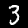
Digit: 3